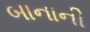
બાનાની